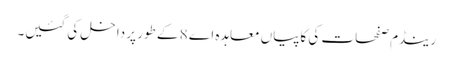
رینڈم صفحات کی کاپیاں معاہدہ اے 8 کے طور پر داخل کی گئیں۔